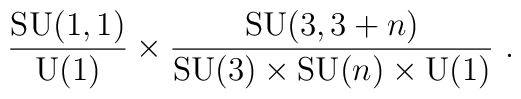
\frac{\mathrm{SU}(1,1)}{\mathrm{U}(1)} \times  \frac{\mathrm{SU}(3,3+n)}{\mathrm{SU}(3) \times \mathrm{SU}(n) \times  \mathrm{U}(1)}~.